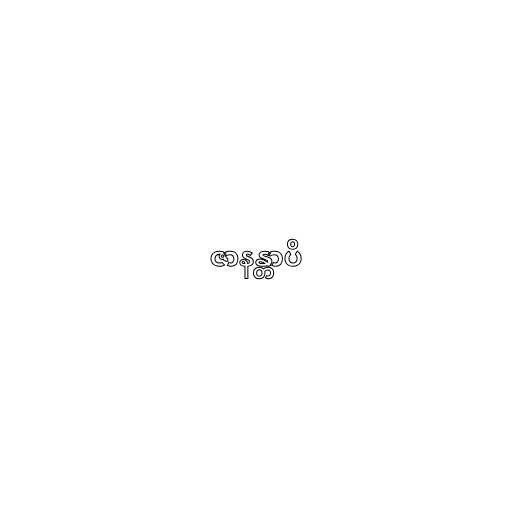
ဇာနန္တာပိ